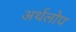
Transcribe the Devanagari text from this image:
अर्थलोप